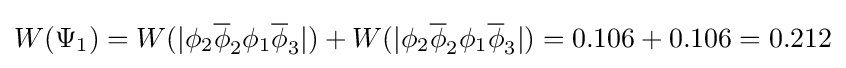
W(\Psi _{1})=W(|\phi _{2}{\overline {\phi }}_{2}\phi _{1}{\overline {\phi }}_{3}|)+W(|\phi _{2}{\overline {\phi }}_{2}\phi _{1}{\overline {\phi }}_{3}|)=0.106+0.106=0.212